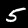
Digit: 5